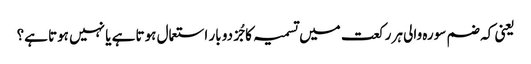
یعنی کہ ضم سورہ والی ہر رکعت میں تسمیہ کا جُز دو بار استعمال ہوتا ہے یا نہیں ہوتا ہے؟